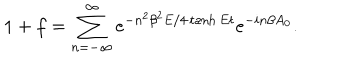
LaTeX: 1 + f = \sum _ { n = - \infty } ^ { \infty } e ^ { - n ^ { 2 } \beta ^ { 2 } E / 4 \tanh E t } e ^ { - i n \beta A _ { 0 } } .